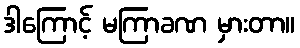
ဒါကြောင့် မကြာခဏ မှားတာ။